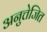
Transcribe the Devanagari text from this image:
अनुत्तेजित